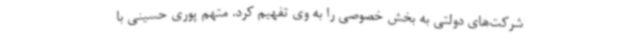
شرکت‌های دولتی به بخش خصوصی را به وی تفهیم کرد. متهم پوری حسینی با